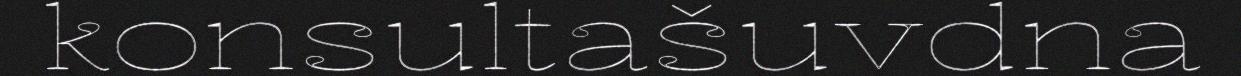
konsultašuvdna